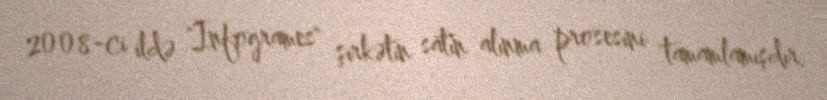
2008-ci ildə "Infogrames" şirkətin satın alınma prosesini tamamlamışdır.